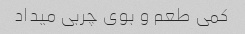
کمی طعم و بوی چربی میداد